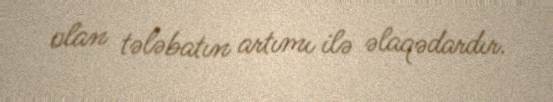
olan tələbatın artımı ilə əlaqədardır.